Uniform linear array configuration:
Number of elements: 64
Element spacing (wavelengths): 0.75
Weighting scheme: uniform
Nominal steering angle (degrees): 60
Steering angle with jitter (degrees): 59.855
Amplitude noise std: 0.05
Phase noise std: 0.05

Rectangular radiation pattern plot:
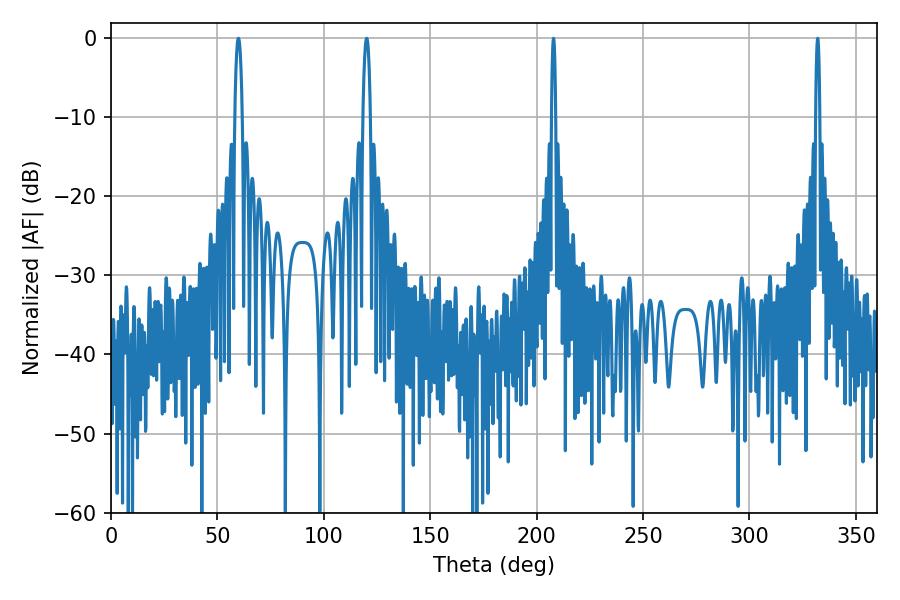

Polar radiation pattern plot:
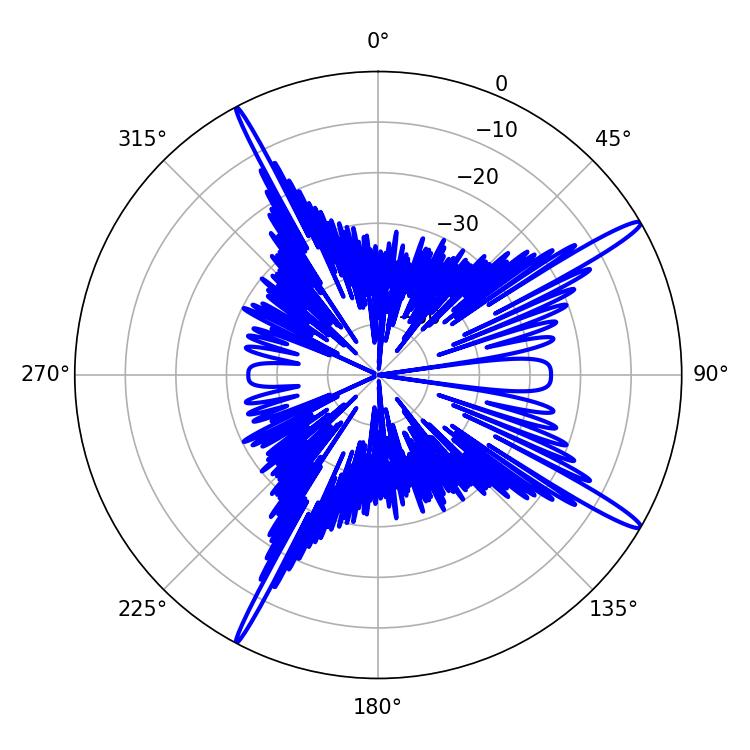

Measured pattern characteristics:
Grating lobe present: TRUE
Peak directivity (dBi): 16.028
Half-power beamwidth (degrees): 1.08
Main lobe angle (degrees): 207.9